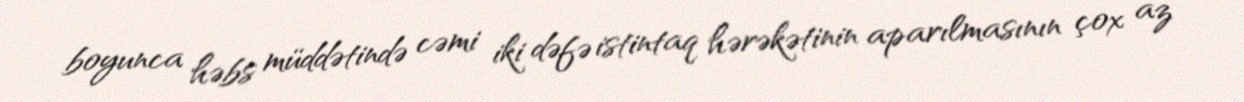
boyunca həbs müddətində cəmi iki dəfə istintaq hərəkətinin aparılmasının çox az